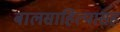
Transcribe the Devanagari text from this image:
बालसाहित्यासह